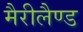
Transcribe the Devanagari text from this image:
मैरीलैण्ड